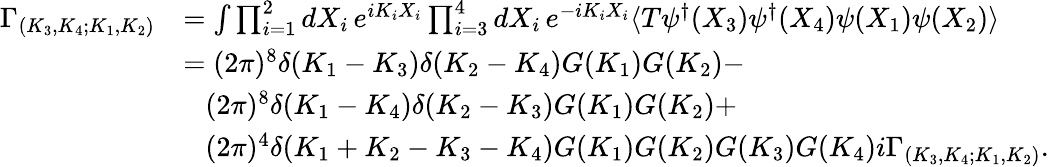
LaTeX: {\begin{array}{rl}{\Gamma_{(K_{3},K_{4};K_{1},K_{2})}}&{=\int{\prod_{i=1}^{2}{dX_{i}\, e^{iK_{i}X_{i}}}\prod_{i=3}^{4}{dX_{i}\, e^{-iK_{i}X_{i}}}\langle T\psi^{\dagger}(X_{3})\psi^{\dagger}(X_{4})\psi(X_{1})\psi(X_{2})\rangle}}\\ &{=(2\pi)^{8}\delta(K_{1}-K_{3})\delta(K_{2}-K_{4})G(K_{1})G(K_{2})-}\\ &{{\phantom{=}}(2\pi)^{8}\delta(K_{1}-K_{4})\delta(K_{2}-K_{3})G(K_{1})G(K_{2})+}\\ &{{\phantom{=}}(2\pi)^{4}\delta({K_{1}+K_{2}-K_{3}-K_{4}})G(K_{1})G(K_{2})G(K_{3})G(K_{4})i\Gamma_{(K_{3},K_{4};K_{1},K_{2})}{\mathrm{.}}}\end{array}}